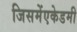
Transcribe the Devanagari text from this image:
जिसमेंएकेडमी